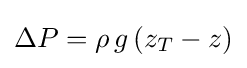
\Delta P=\rho \,g\,(z_{T}-z)